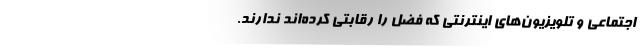
اجتماعی و تلویزیون‌های اینترنتی که فضل را رقابتی کرده‌اند ندارند.